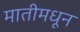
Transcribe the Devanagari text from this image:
मातीमधून